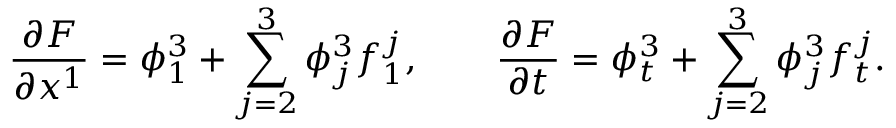
\frac { \partial F } { \partial x ^ { 1 } } = \phi _ { 1 } ^ { 3 } + \sum _ { j = 2 } ^ { 3 } \phi _ { j } ^ { 3 } f _ { 1 } ^ { j } , \quad \quad \frac { \partial F } { \partial t } = \phi _ { t } ^ { 3 } + \sum _ { j = 2 } ^ { 3 } \phi _ { j } ^ { 3 } f _ { t } ^ { j } .